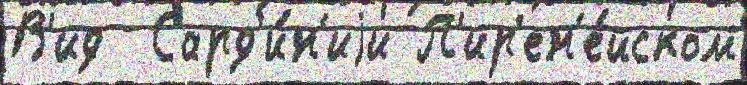
В'ид  Сард'и́н'иjи П'ир'ен'е́йском